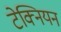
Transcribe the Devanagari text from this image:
टेक्नियन